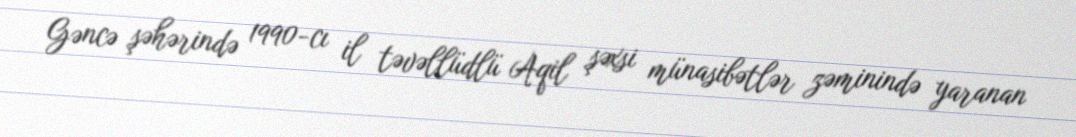
Gəncə şəhərində 1990-cı il təvəllüdlü Aqil şəxsi münasibətlər zəminində yaranan